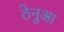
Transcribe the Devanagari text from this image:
ठेनुआ